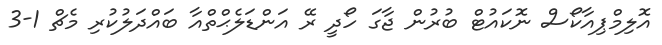
އޮލިމްޕިއާކޯސް ނޮކައުޓް ބުރުން ޖާގަ ހޯދީ ރޭ އަންޑަލެޙްތްއާ ބައްދަލުކުރި މެޗް 1-3